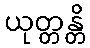
ယုတ္တန္တိ